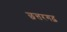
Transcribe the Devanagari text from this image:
छत्तरगढ़